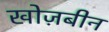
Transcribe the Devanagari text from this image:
खोज़बीन